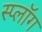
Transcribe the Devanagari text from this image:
स्प्लॉग